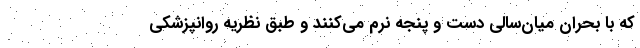
که با بحران میان‌سالی دست و پنجه نرم می‌کنند و طبق نظریه‌ روانپزشکی